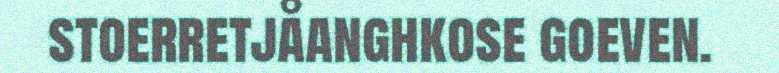
stoerretjåanghkose goeven.